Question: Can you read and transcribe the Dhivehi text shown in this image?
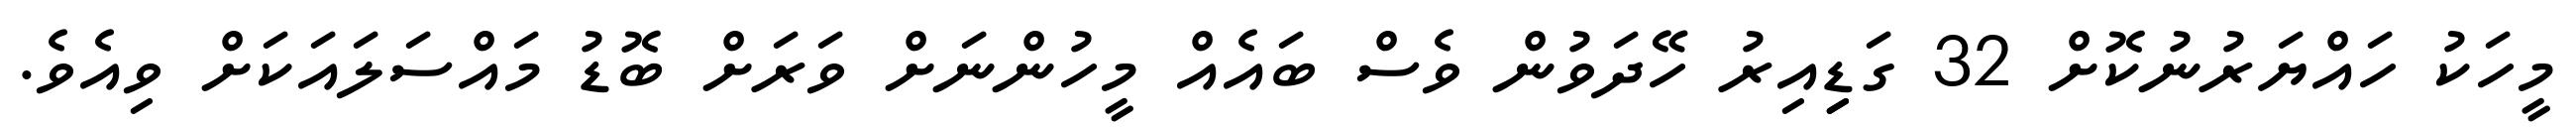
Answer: މީހަކު ހައްޔަރުނުކޮށް 32 ގަޑިިއިރު ހޭދަވުން ވެސް ބައެއް މީހުންނަށް ވަރަށް ބޮޑު މައްސަލައަކަށް ވިއެވެ.